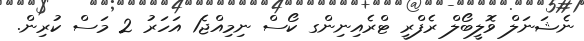
ނެޝަނަލް ވޮލީބޯލް ރެފްރީ ޓްރެއިނިންގ ކޯސް ނިމިއްޖެ1 އަހަރު 2 މަސް ކުރިން.